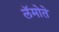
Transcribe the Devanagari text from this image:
लॅमोते